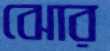
ঝোর